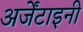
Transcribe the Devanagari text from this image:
अर्जेंटाइनी